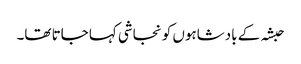
حبشہ کے بادشاہوں کو نجاشی کہا جاتا تھا۔